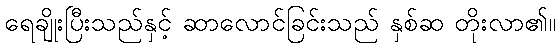
ရေချိုးပြီးသည်နှင့် ဆာလောင်ခြင်းသည် နှစ်ဆ တိုးလာ၏။